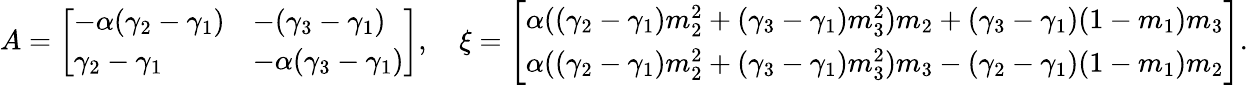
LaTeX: A=\left[\begin{array}{ll}{-\alpha(\gamma_{2}-\gamma_{1})}&{-(\gamma_{3}-\gamma_{1})}\\ {\gamma_{2}-\gamma_{1}}&{-\alpha(\gamma_{3}-\gamma_{1})}\end{array}\right],\quad\xi=\left[\begin{array}{l}{\alpha((\gamma_{2}-\gamma_{1})m_{2}^{2}+(\gamma_{3}-\gamma_{1})m_{3}^{2})m_{2}+(\gamma_{3}-\gamma_{1})(1-m_{1})m_{3}}\\ {\alpha((\gamma_{2}-\gamma_{1})m_{2}^{2}+(\gamma_{3}-\gamma_{1})m_{3}^{2})m_{3}-(\gamma_{2}-\gamma_{1})(1-m_{1})m_{2}}\end{array}\right].